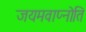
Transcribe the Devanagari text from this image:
जयमवाप्नोति